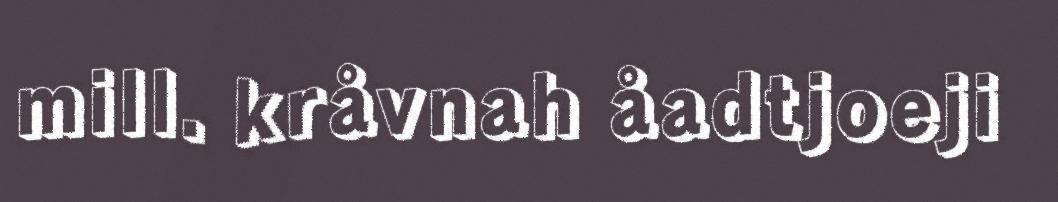
mill. kråvnah åadtjoeji